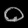
Digit: ၀